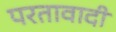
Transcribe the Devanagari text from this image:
परतावादी